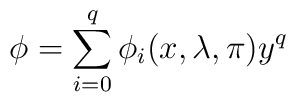
\phi = \sum^q_{i = 0} \phi_i (x, \lambda, \pi) y^q